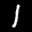
Label: 1